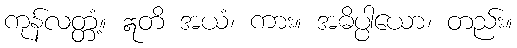
ကုန်လတ္တံ့။ ဣတိ အယံ၊ ကား။ အဓိပ္ပါယော၊ တည်း။